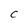
Character: C